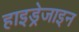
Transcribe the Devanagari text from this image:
हाइड्रेजाइन